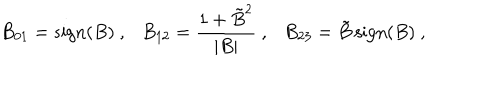
B _ { 0 1 } = \mathrm { s i g n } ( B ) \ , \ \ \ B _ { 1 2 } = { \frac { 1 + { \tilde { B } } ^ { 2 } } { | B | } } \ , \ \ \ B _ { 2 3 } = \tilde { B } \, \mathrm { s i g n } ( B ) \ ,